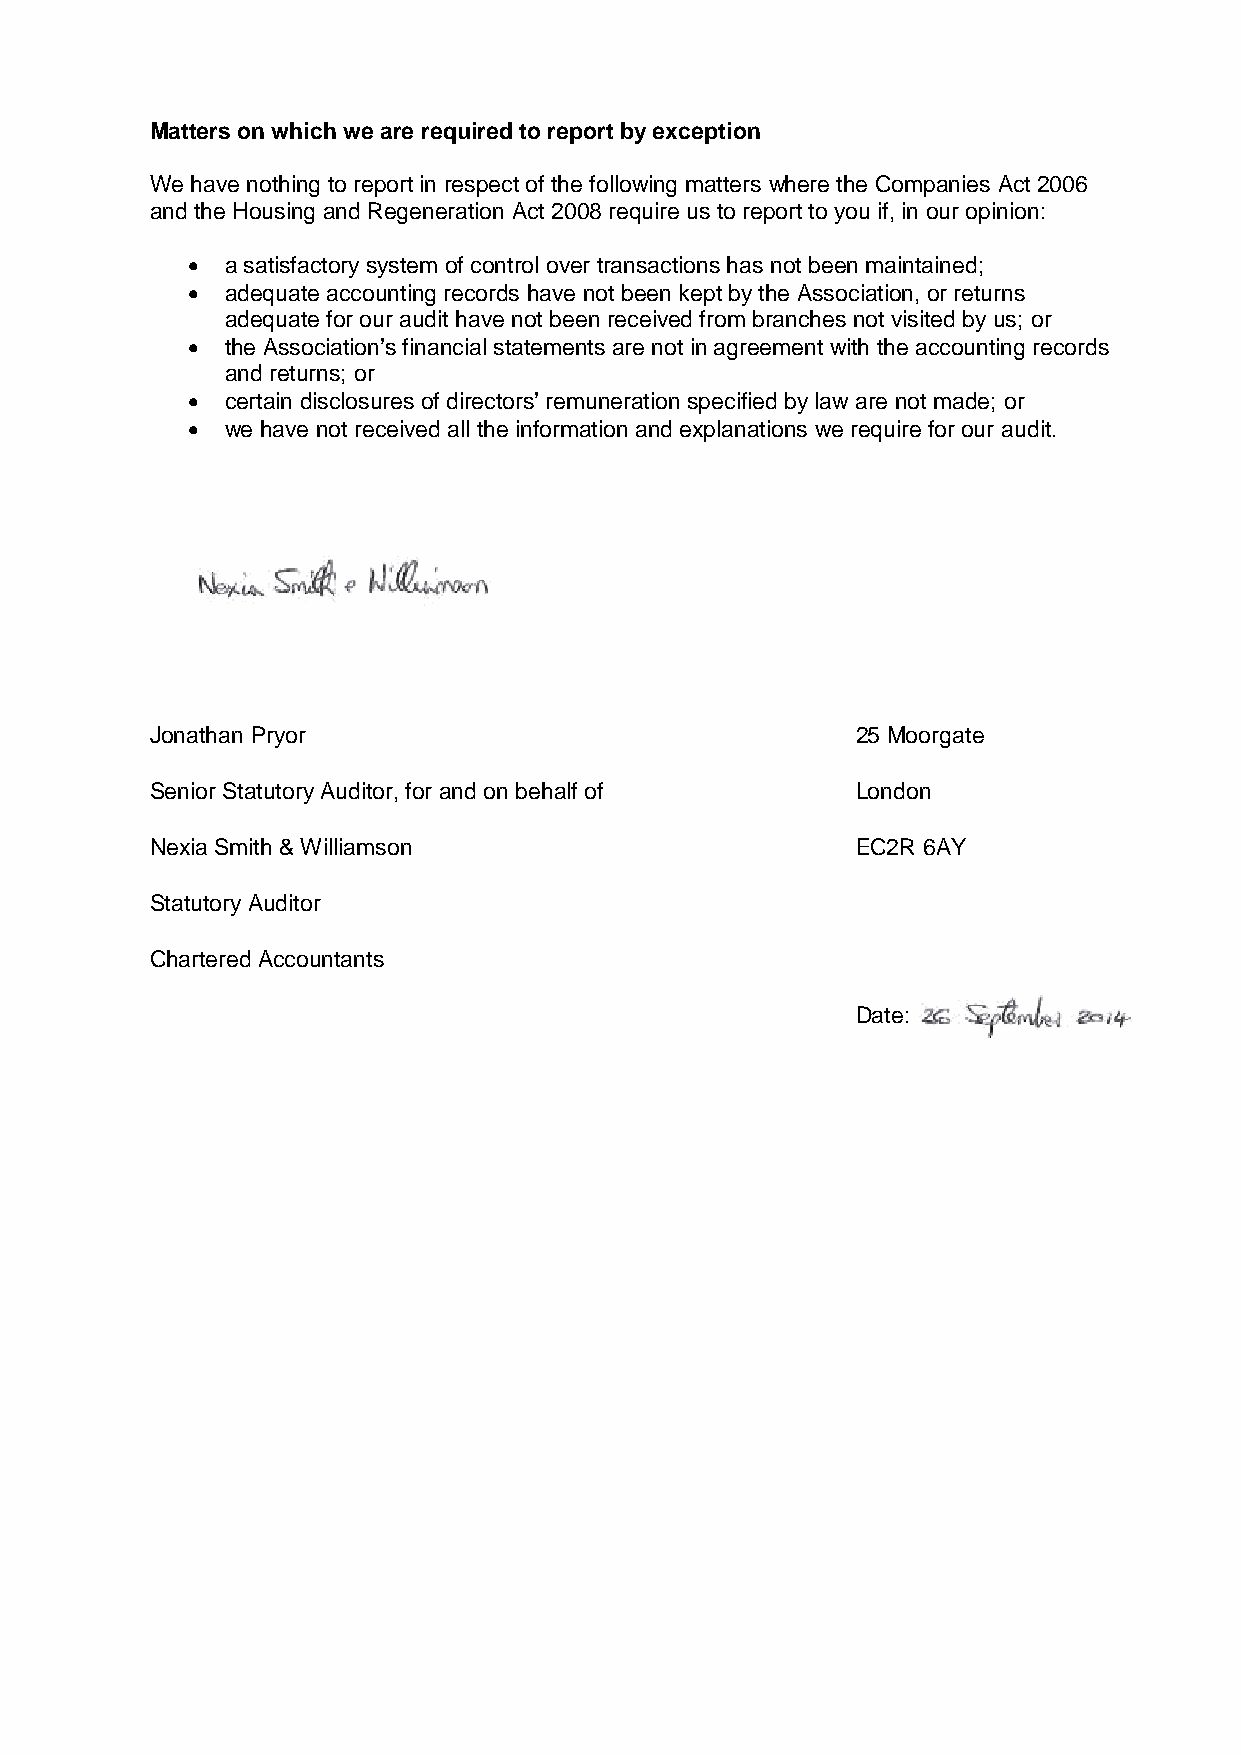
Matters on which we are required to report by exception
 We have nothing to report in respect of the following matters where the Companies Act 2006
 and the Housing and Regeneration Act 2008 require us to report to you if, in our opinion:
 •  a satisfactory system of control over transactions has not been maintained;
 •  adequate accounting records have not been kept by the Association, or returns
 adequate for our audit have not been received from branches not visited by us; or
 •  the Association’s financial statements are not in agreement with the accounting records
 and returns; or
 •  certain disclosures of directors’ remuneration specified by law are not made; or
 •  we have not received all the information and explanations we require for our audit.
 Jonathan Pryor                                 25 Moorgate
 Senior Statutory Auditor, for and on behalf of London
 Nexia Smith & Williamson                       EC2R 6AY
 Statutory Auditor
 Chartered Accountants
 Date: